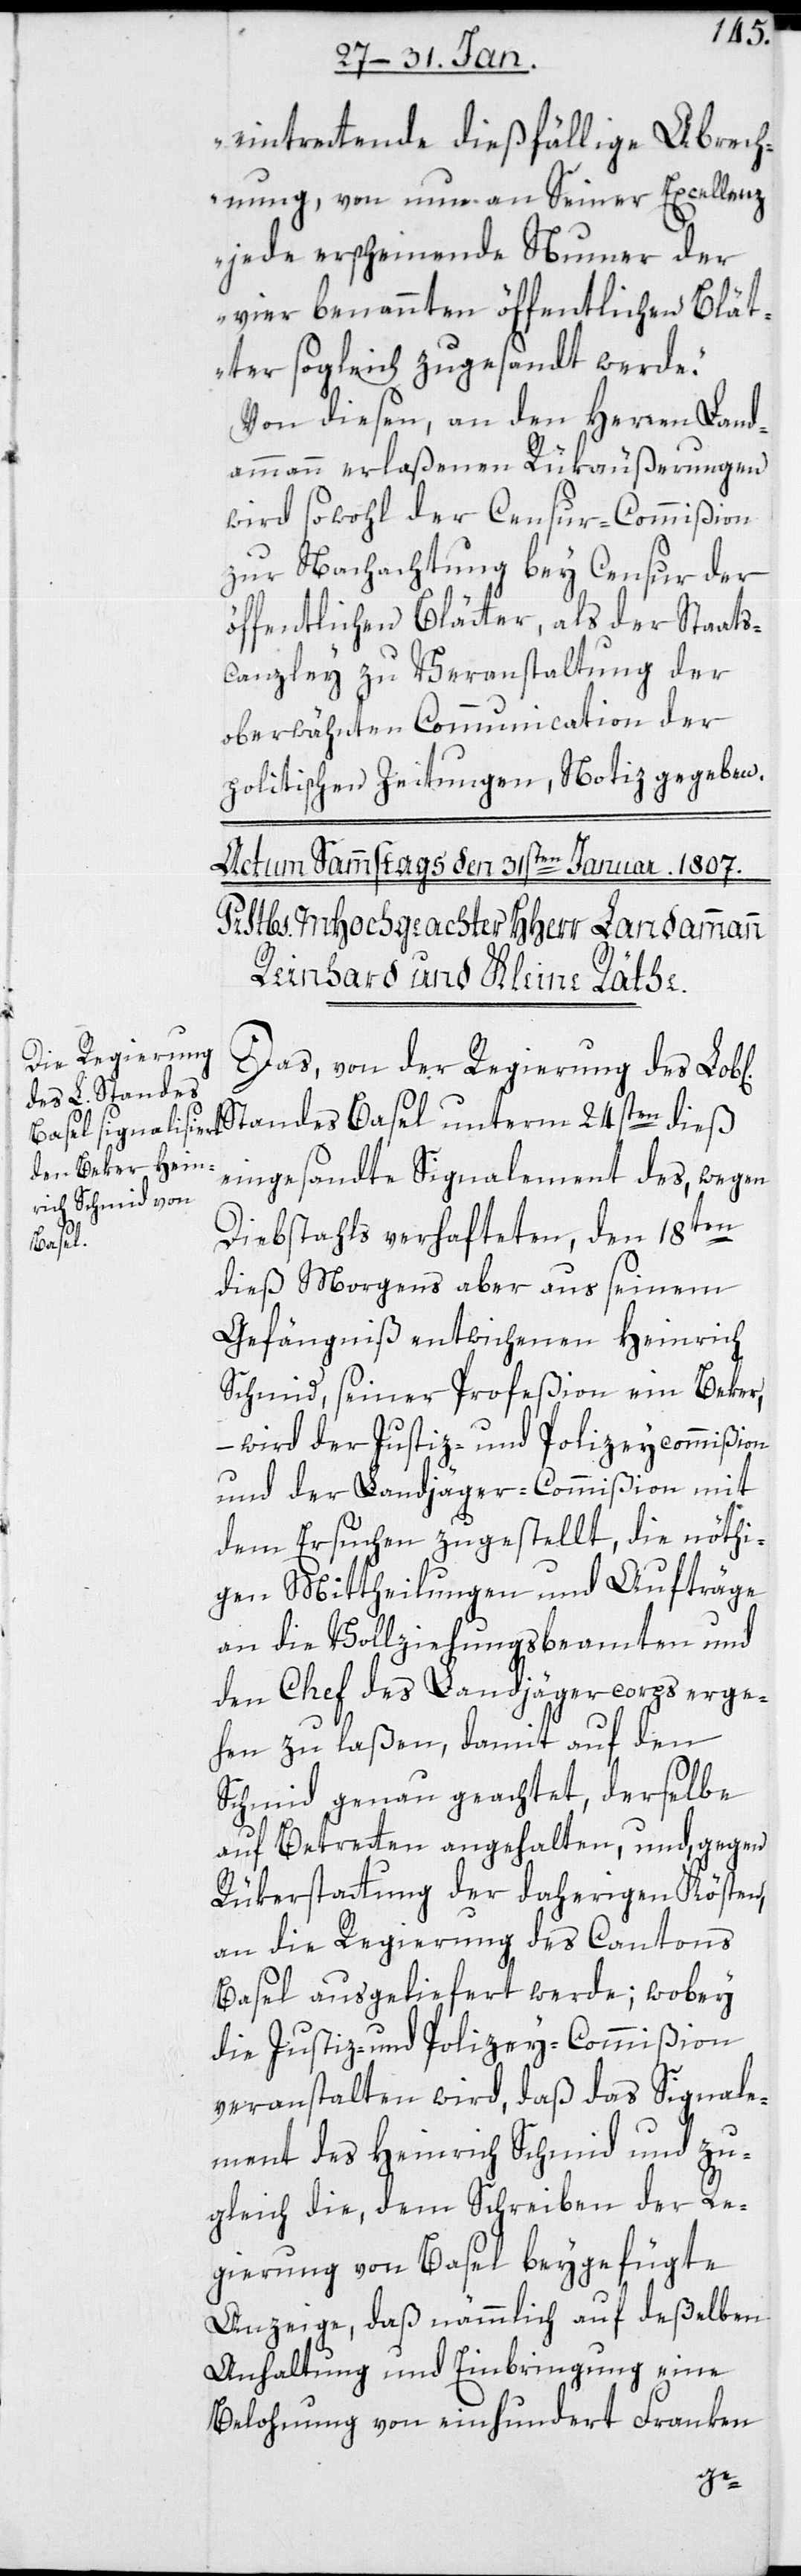
eintretende dießfällige Abrech¬
nung, von nun an Seiner Excellenz
jede erscheinende Nummer der
vier benannten öffentlichen Blät¬
ter sogleich zugesandt werde“.
Von diesen, an den Herren Land¬
ammann erlaßenen Rükäußerungen
wird sowohl der Censur-Commißion
zur Nachachtung bey Censur der
öffentlichen Blätter, als der Staats¬
canzley zu Veranstaltung der
oberwähnten Communication der
politischen Zeitungen, Notiz gegeben.
Das von der Regierung des Lob¬
l[ichen] Standes Basel unterm 24sten dieß
eingesandte Signalement des, wegen
Diebstahls verhafteten, den 18ten
dieß morgens aber aus seinem
Gefängniß entwichenen Heinrich
Schmid, seiner Profeßion ein Beker,
– wird der Justiz- und Polizeycommißion
und der Landjäger-Commißion mit
dem Ersuchen zugestellt, die nöthi¬
gen Mittheilungen und Aufträge
an die Vollziehungsbeamten und
den Chef des Landjägercorps erge¬
hen zu laßen, damit auf den
Schmid genau geachtet, derselbe
auf Betreten angehalten, und gegen
Rükerstattung der daherigen Kösten,
an die Regierung des Cantons
Basel ausgeliefert werde; wobey
die Justiz- und Polizey-Commißion
veranstalten wird, daß das Signale¬
ment des Heinrich Schmid und zu¬
gleich die, dem Schreiben der Re¬
gierung von Basel beygefügte
Anzeige, daß nämmlich auf deßelben
Anhaltung und Einbringung eine